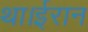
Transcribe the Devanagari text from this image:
था।ईरान